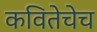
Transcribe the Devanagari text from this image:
कवितेचेच